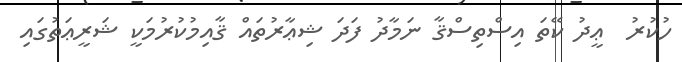
ހުކުރު  ޢީދު ކޭތަ އިސްތިސްޤާ ނަމާދު ފަދަ ޝިޢާރުތައް ޤާއިމުކުރުމަކީ ޝަރީޢަތުގައި